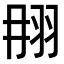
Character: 𦐎